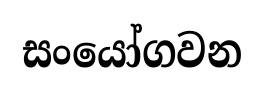
සංයෝගවන